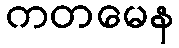
ကတမေန